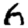
Digit: 6